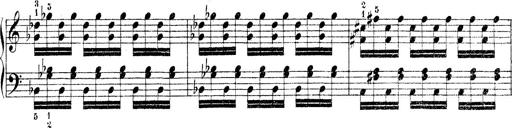
Title: Technische Studien
Composer: Franz Liszt